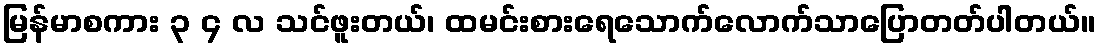
မြန်မာစကား ၃ ၄ လ သင်ဖူးတယ်၊ ထမင်းစားရေသောက်လောက်သာပြောတတ်ပါတယ်။